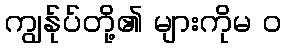
ကျွန်ုပ်တို့၏ များကိုမ ၀